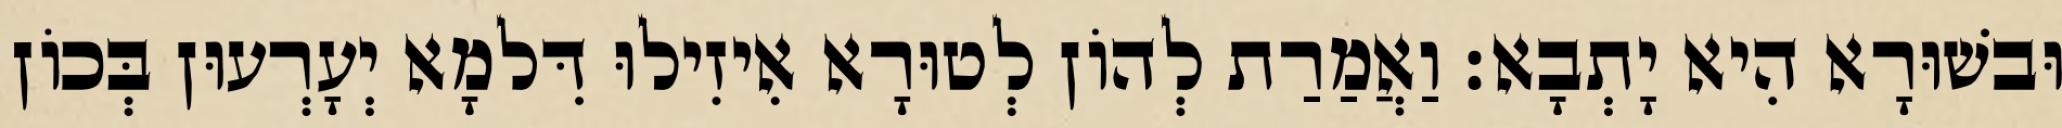
וּבשׁוּרָא הִיא יָתְבָא׃ וַאֲמַרַת לְהוֹן לְטוּרָא אִיזִילוּ דִּלמָא יְעָרְעוּן בְּכוֹן